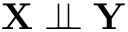
\mathbf { X } \perp \! \! \! \perp \mathbf { Y }